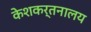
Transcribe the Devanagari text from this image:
केशकर्तनालय